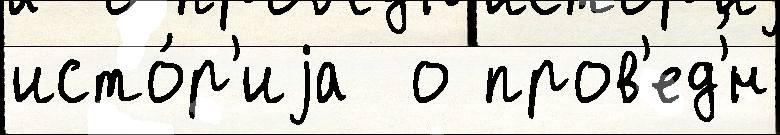
исто́р'иjа  о пров'ед'́н